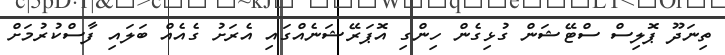
ތިނަދޫ ޕޮލިސް ސްޓޭޝަން ގުޅިގެން ހިންގި އޮޕަރޭޝަނެއްގައި އެރަށު ގެއެއް ބަލައި ފާސްކުރުމަށް